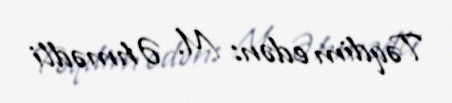
Təqdim edən: M. Əhmədli